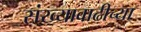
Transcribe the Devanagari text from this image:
संख्यावाढीच्या